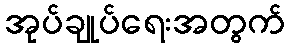
အုပ်ချုပ်ရေးအတွက်